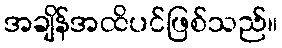
အချိန်အထိပင်ဖြစ်သည်။